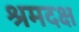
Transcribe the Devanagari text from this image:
श्रमदक्ष